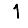
Digit: 1